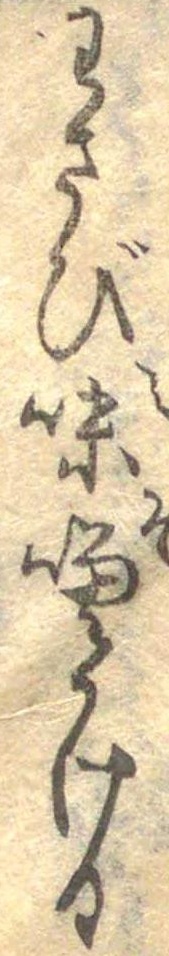
わさび味噌かける